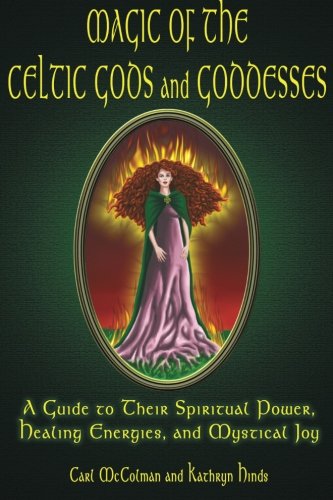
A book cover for Magic Of The Celtic Gods And Goddesses: A Guide To Their Spiritual Power, Healing Energies, And Mystical Joy; Carl McColman; Religion & Spirituality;